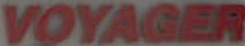
VOYAGER